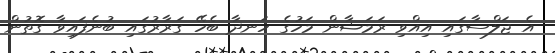
އެ ޖަލްސާގައި އިއްވި ރަމަޟާން މަހުގެ ހަނދާ ބެހޭ ގަރާރުގައި ބުނެފައިވާ ގޮތުން